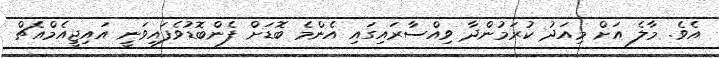
އެވެ. މާލެ އަށް މިއަދު ކުރަމުންދާ ވިއްސާރައިގައި އެންމެ ބޮޑަށް ފެންބޮޑުވެފައިވަނީ އައިޖީއެމްއެޗް